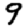
Digit: 9